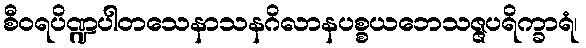
စီဝရပိဏ္ဍပါတသေနာသနဂိလာနပစ္စယဘေသဇ္ဇပရိက္ခာရံ၊